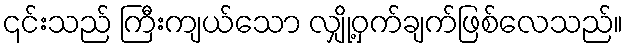
၎င်းသည် ကြီးကျယ်သော လျှို့ဝှက်ချက်ဖြစ်လေသည်။